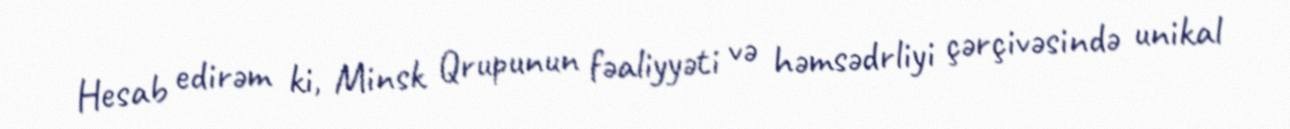
Hesab edirəm ki, Minsk Qrupunun fəaliyyəti və həmsədrliyi çərçivəsində unikal